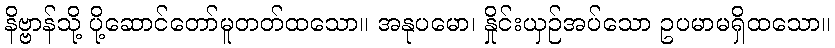
နိဗ္ဗာန်သို့ ပို့ဆောင်တော်မူတတ်ထသော။ အနုပမော၊ နှိုင်းယှဉ်အပ်သော ဥပမာမရှိထသော။